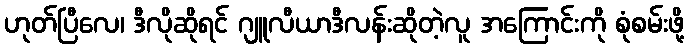
ဟုတ်ပြီလေ၊ ဒီလိုဆိုရင် ဂျူလီယာဒီလန်းဆိုတဲ့လူ အကြောင်းကို စုံစမ်းဖို့